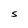
Character: S